Vaccine operations Central Provinces 1886-1899 - 1886-1899
Year: 1886
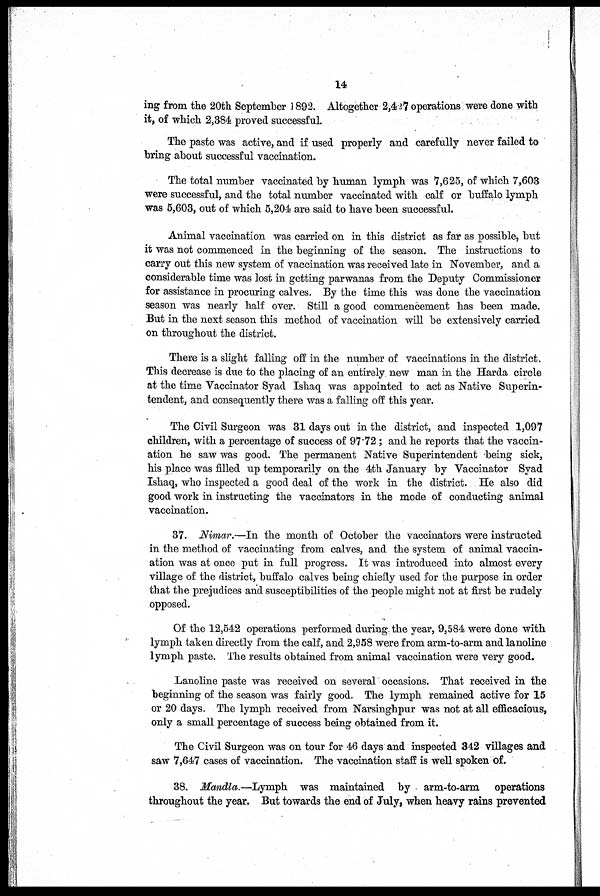
14
ing from the 20th September 1892. Altogether 2,427 operations were done with
it, of which 2,384 proved successful.
The paste was active, and if used properly and carefully never failed to
bring about successful vaccination.
The total number vaccinated by human lymph was 7,625, of which 7,603
were successful, and the total number vaccinated with calf or buffalo lymph
was 5,603, out of which 5,204 are said to have been successful.
Animal vaccination was carried on in this district as far as possible, but
it was not commenced in the beginning of the season. The instructions to
carry out this new system of vaccination was received late in November, and a
considerable time was lost in getting parwanas from the Deputy Commissioner
for assistance in procuring calves. By the time this was done the vaccination
season was nearly half over. Still a good commencement has been made.
But in the next season this method of vaccination will be extensively carried
on throughout the district.
There is a slight falling off in the number of vaccinations in the district.
This decrease is due to the placing of an entirely new man in the Harda circle
at the time Vaccinator Syad Ishaq was appointed to act as Native Superin-
tendent, and consequently there was a falling off this year.
The Civil Surgeon was 31 days out in the district, and inspected 1,097
children, with a percentage of success of 97.72; and he reports that the vaccin-
ation he saw was good. The permanent Native Superintendent being sick,
his place was filled up temporarily on the 4th January by Vaccinator Syad
Ishaq, who inspected a good deal of the work in the district. He also did
good work in instructing the vaccinators in the mode of conducting animal
vaccination.
37. Nimar.—In the month of October the vaccinators were instructed
in the method of vaccinating from calves, and the system of animal vaccin-
ation was at once put in full progress. It was introduced into almost every
village of the district, buffalo calves being chiefly used for the purpose in order
that the prejudices and susceptibilities of the people might not at first be rudely
opposed.
Of the 12,542 operations performed during the year, 9,584 were done with
lymph taken directly from the calf, and 2,958 were from arm-to-arm and lanoline
lymph paste. The results obtained from animal vaccination were very good.
Lanoline paste was received on several occasions. That received in the
beginning of the season was fairly good. The lymph remained active for 15
or 20 days. The lymph received from Narsinghpur was not at all efficacious,
only a small percentage of success being obtained from it.
The Civil Surgeon was on tour for 46 days and inspected 342 villages and
saw 7,647 cases of vaccination. The vaccination staff is well spoken of.
38. Mandla.—Lymph was maintained by arm-to-arm operations
throughout the year. But towards the end of July, when heavy rains prevented